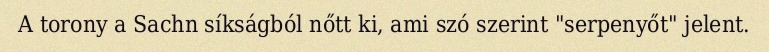
A torony a Sachn síkságból nőtt ki, ami szó szerint "serpenyőt" jelent.